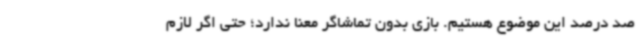
صد درصد این موضوع هستیم. بازی بدون تماشاگر معنا ندارد؛ حتی اگر لازم